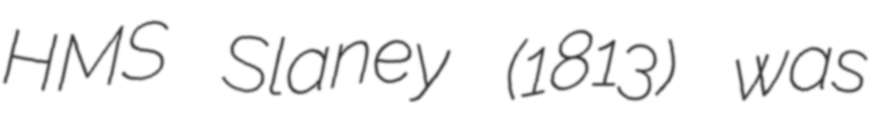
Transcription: HMS Slaney (1813) was